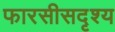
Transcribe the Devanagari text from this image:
फारसीसदृश्य